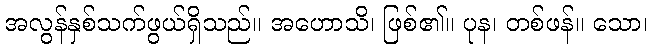
အလွန်နှစ်သက်ဖွယ်ရှိသည်။ အဟောသိ၊ ဖြစ်၏။ ပုန၊ တစ်ဖန်။ သော၊